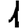
Digit: 1